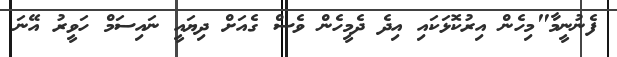
ފެނުނީމާ"މިހެން އިރުކޮޅަކައި އިދެ ދެމީހެން ވެސް ގެއަށް ދިޔައީ ނައިސަމް ހަވީރު އޭނަ